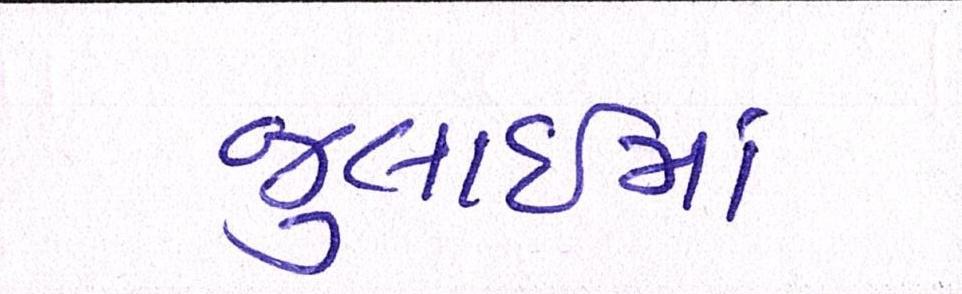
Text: જુલાઇમાં